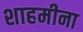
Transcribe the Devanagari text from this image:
शाहमीना